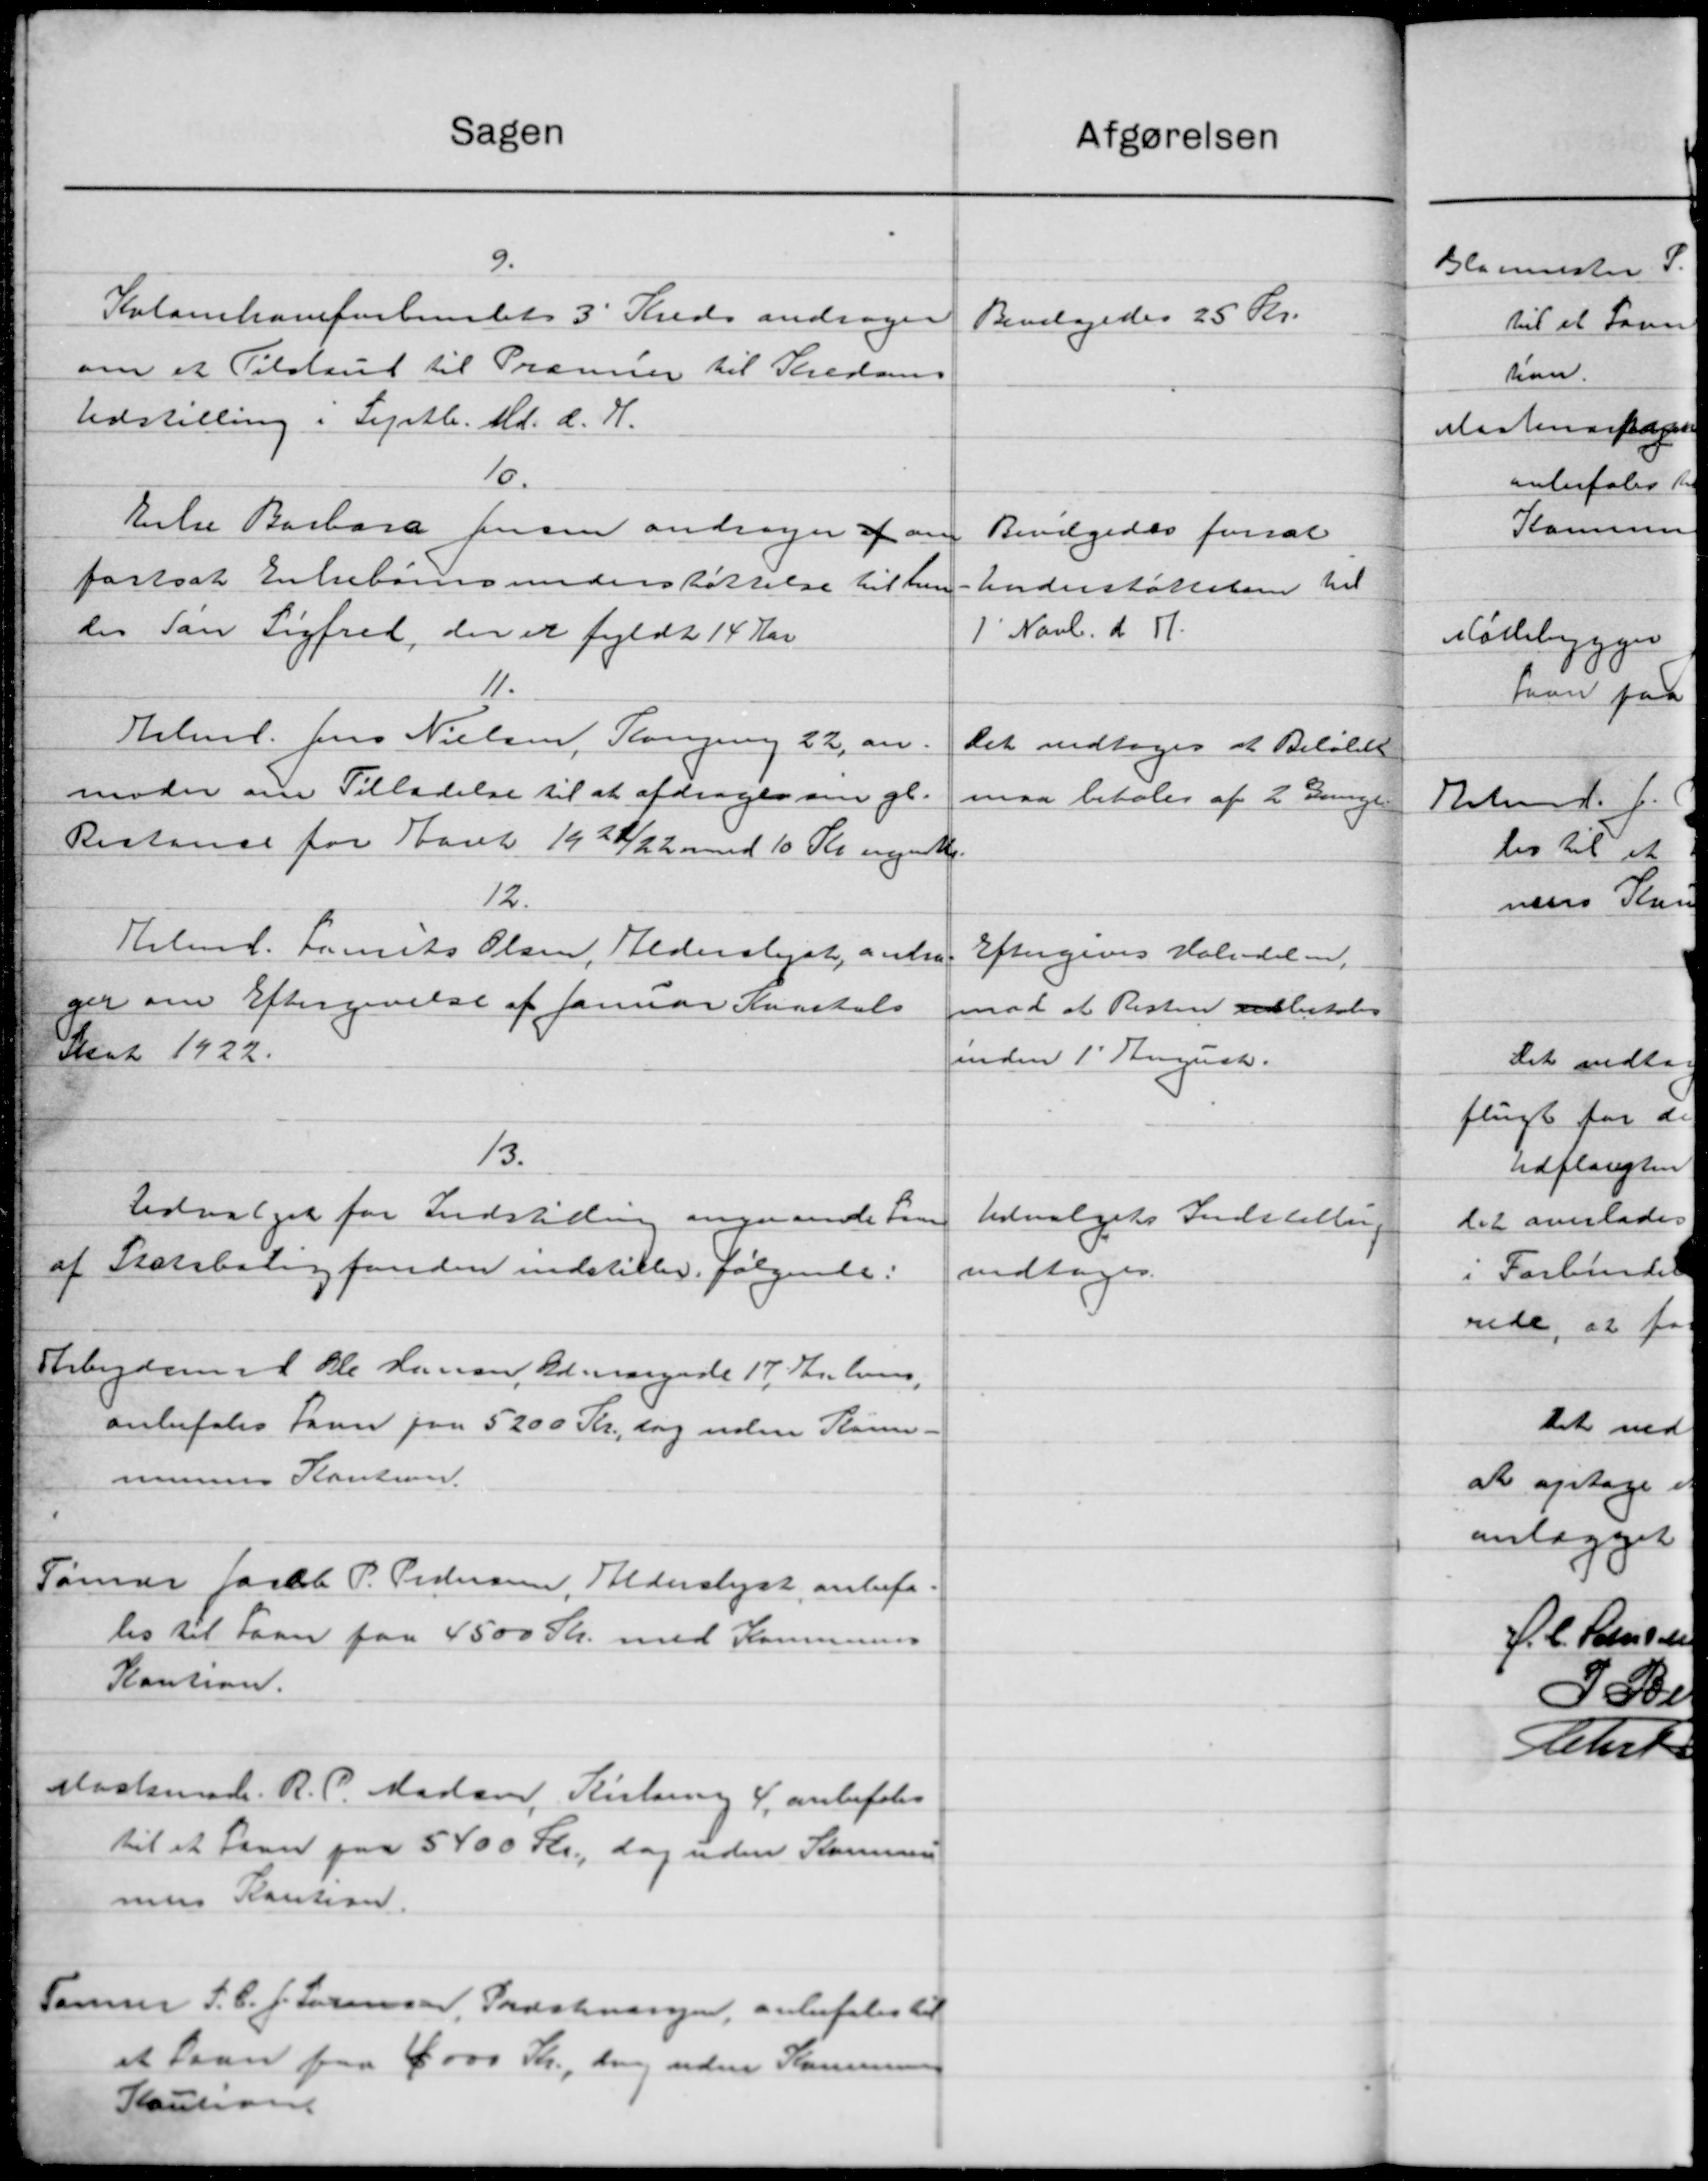
Transskription:
Sagen
9.
Kolankaveforbundets 3' Kreds andrager
om et Tilskud til Præmier til Thedans
Udstilling i Septb. Md. d. H.
10.
Erke Barbara persen andrager af an
fortsat Enkebørnsunderstøttelse til hen
des Søn Sigfred, der er fyldt 14 Aar
11.
Halml. Jens Nielsen, Slangering 22, an
moder om Tilladelse til at afdrager om gl.
Restance for Aaret 1922/22 med 10 Kr. ugende
12.
Helmd. Laurits Olsen, Alderslyst, anbra
ger om Eftergivelse af Januar Kvartals
Just 1922.
1/3.
Udvalget for Indstilling angaaende Sam
af Statsboligfonden indstiller følgende:
Arbejdsmd Ole Hansen, Ad. Aargade 17 Kr. hens,
anbefales Laan paa 5200 Kr., dog uden Kom-
munens Kaution.
Tømrer fastel P. Pedersen, Alderslyst, anbefa
les til Laan paa 4500 St. med Kommunens
Kaution.
Staatsmad. R. P. Madsen, Pistering 4, anbefales
til et Laan paa 5400 Kr, dog uden Kommune
mers Kaution.
Tømrer J. C. J. Sørensen, Præstevangen, anbefales til
et Laan paa 4000 Kr., dog uden Konen
Kaution